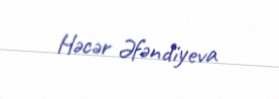
Həcər Əfəndiyeva